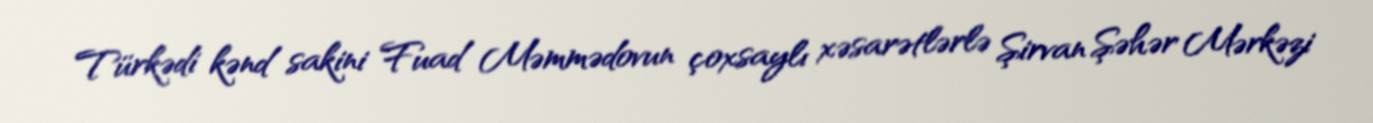
Türkədi kənd sakini Fuad Məmmədovun çoxsaylı xəsarətlərlə Şirvan Şəhər Mərkəzi